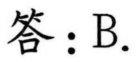
答：B.